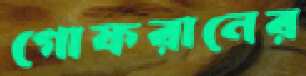
গোফরানের